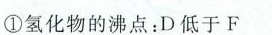
①氢化物的沸点：D低于F